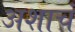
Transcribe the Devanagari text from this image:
अशाचं